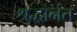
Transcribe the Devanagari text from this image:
श्रद्धानंत